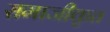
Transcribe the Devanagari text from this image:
समाजीकृत